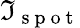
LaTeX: \mathfrak{I}_{\mathrm{{~s~p~o~t~}}}